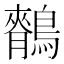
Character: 𪅣